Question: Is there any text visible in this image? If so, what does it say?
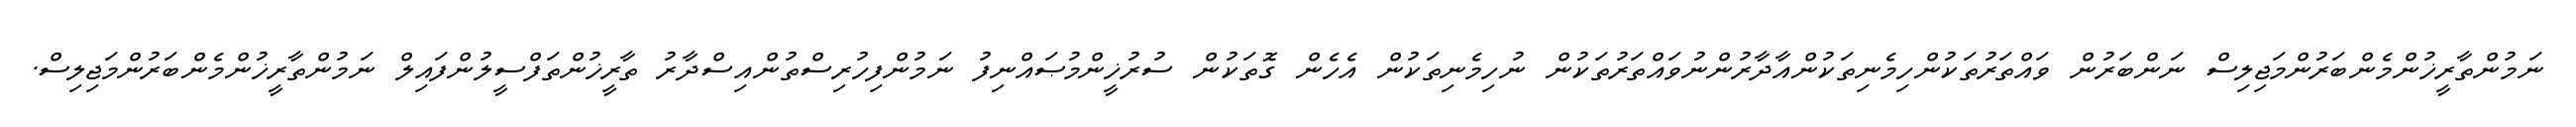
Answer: ނަމުންތާރީޚުންމެންބަރުންމަޖިލިސް ނަންބަރުން ވައްތަރުތަކުންހިމެނިތަކުންއާދާރުންނުވައްތަރުތަކުން ނުހިމެނިތަކުން އެހެން ގޮތަކުން ސުރުޚީންމުޞައްނިފު ނަމުންފިހުރިސްތުންއިސްދާރު ތާރީޚުންތަފްސީލުންފައިލް ނަމުންތާރީޚުންމެންބަރުންމަޖިލިސް.